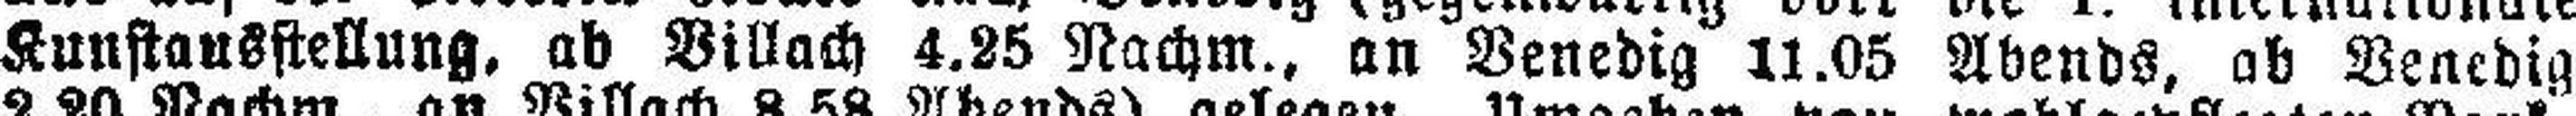
Kunstausstellung, ab Villach 4,25 Nachm., an Venedig 11.05 Abends, ab Venedig